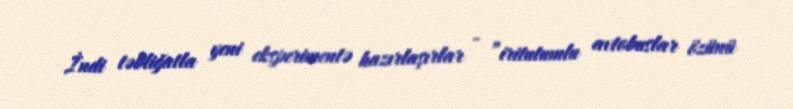
İndi təbliğatla yeni eksperimentə hazırlaşırlar - ”iritutumlu avtobuslar özünü